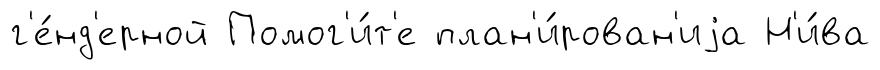
г'е́нд'ерной Помог'и́т'е план'и́рован'иjа Н'и́ва